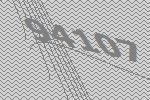
94107